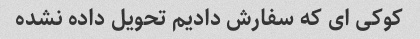
کوکی ای که سفارش دادیم تحویل داده نشده